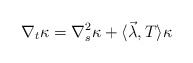
\begin{align*}\nabla_{t}\kappa= \nabla_{s}^{2} \kappa + \langle\vec\lambda, T\rangle \kappa \end{align*}